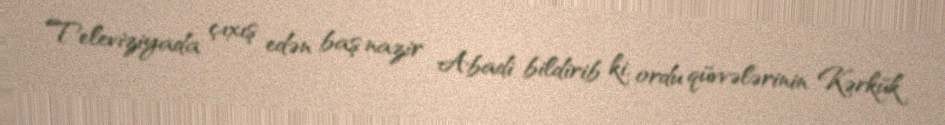
Televiziyada çıxış edən baş nazir Abadi bildirib ki, ordu qüvvələrinin Kərkük